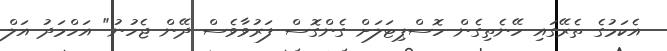
އެކަމުގެ ތެރޭގައި ހޭނެތިގެން ހޮސްޕިޓަލަށް ގެންގޮސް ފަރުވާވެސް ދޭން ޖެހުނު" އަހްމަދު އަލް